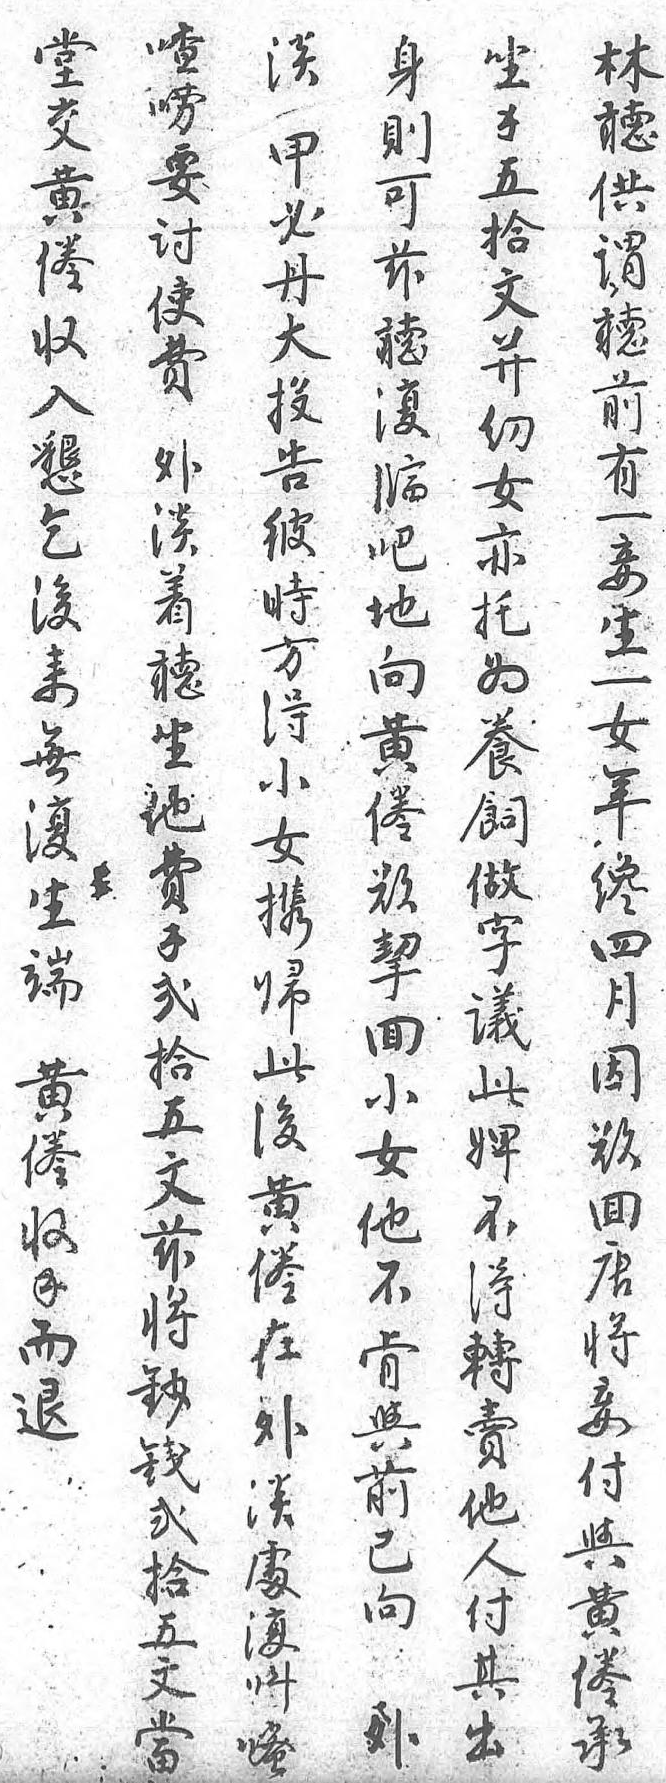
甲喳堂身坐林必嘮交則錢聽丹要黄可五供大討倦兹拾謂投使收聽文聽告費入復並前彼 懇臨幼有時外乞吧女一方淡後地亦妾得着來向托生小聽無黄爲一女坐復倦養女携他生欲飼年歸費端挈做才此錢黄回字四後貳倦小議月黄拾收女此因倦五錢他婢欲在文而不不回外兹退肯得唐淡將 與轉將處鈔 前賣妾復錢 已他付叫貳 向人與嘧拾 外付黄 五 淡其倦 文  出承 當